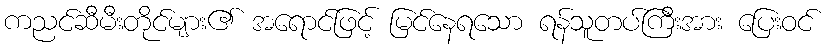
ကညင်ဆီမီးတိုင်များ၏ အရောင်ဖြင့် မြင်နေရသော ရန်သူတပ်ကြီးအား ပြေးဝင်